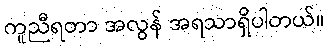
ကူညီရတာ အလွန် အရသာရှိပါတယ်။